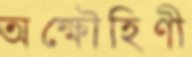
অক্ষৌহিণী